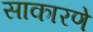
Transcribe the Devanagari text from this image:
साकारणे